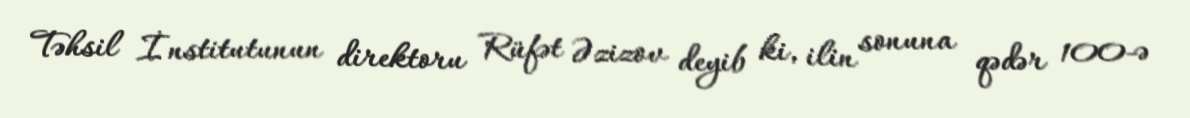
Təhsil İnstitutunun direktoru Rüfət Əzizov deyib ki, ilin sonuna qədər 100-ə